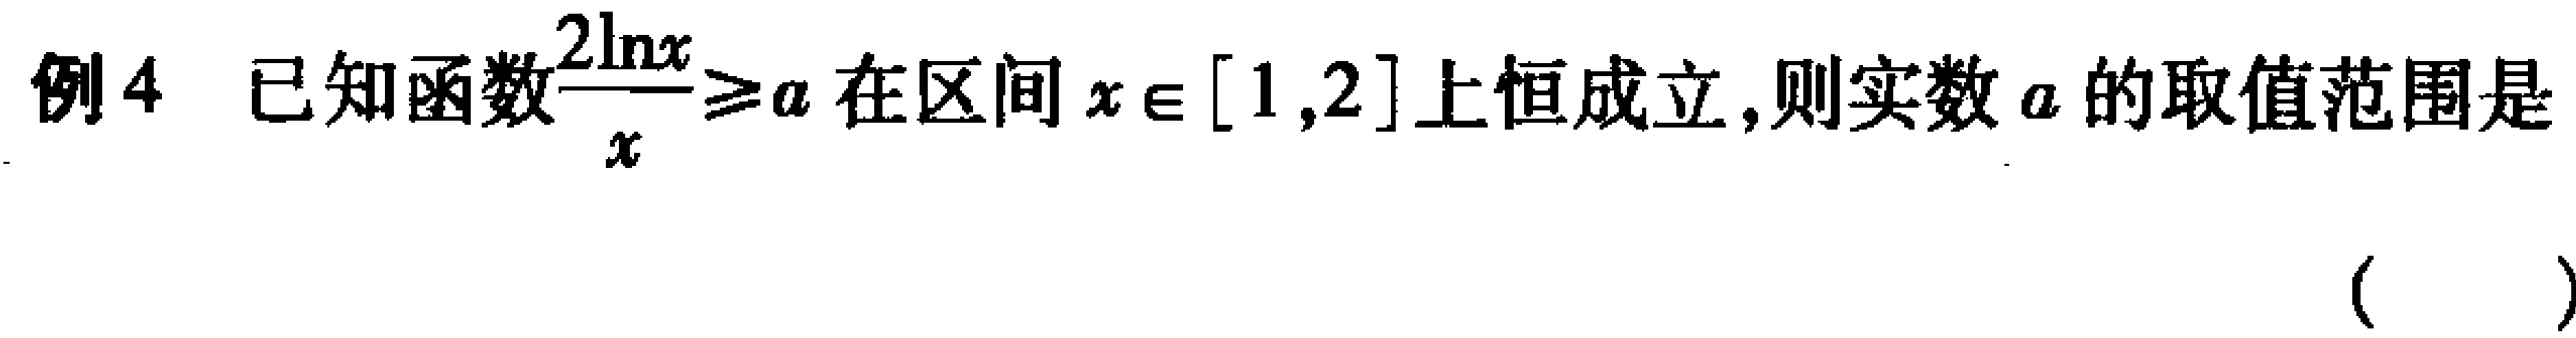
例4 已知函数$\frac{2\ln x}{x}\geq a$在区间$x\in[1,2]$上恒成立,则实数$a$的取值范围是（  ）